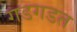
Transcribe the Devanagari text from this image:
गडगडत